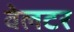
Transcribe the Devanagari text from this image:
वेलटर